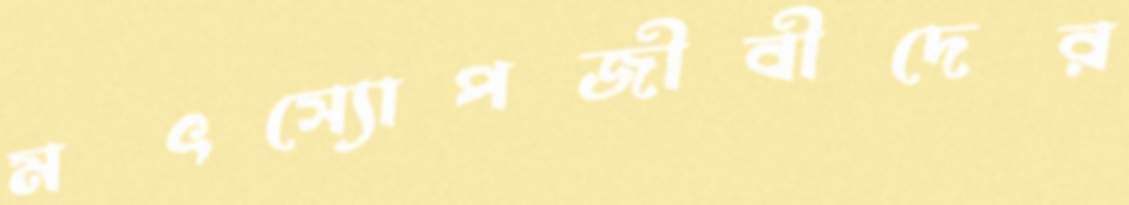
মৎস্যোপজীবীদের